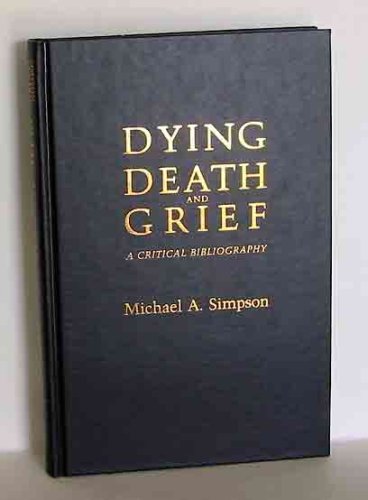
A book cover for Dying, Death, and Grief: A Critical Bibliography (Contemporary Community Health Series); Michael A. Simpson; Health, Fitness & Dieting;